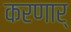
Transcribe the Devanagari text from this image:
करणार्